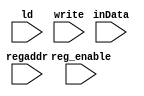
`timescale 1ns / 10ps
module registers (
        input ld,
        input reg_enable,
        input [2:0]regaddr,//3
        input write,
        input [7:0]inData);
reg [7:0] registers[0:7];
reg [7:0]valueBuffer;//buffer,
wire [7:0]DBus;
assign  DBus= (ld) ? inData : valueBuffer;
//ld = 1inDataDBus
//ld = 0,DBusvalueBuffer
initial begin
        registers[0]=8'd0;registers[1]=8'd0;registers[2]=8'd0;registers[3]=8'd0;
        registers[4]=8'd0;registers[5]=8'd0;registers[6]=8'd0;registers[7]=8'd0;
end
always @ ( * ) begin
        if(reg_enable)
                begin
                        if(write)
                        registers[regaddr]<=DBus;
                        else
                        valueBuffer<=registers[regaddr];
                end
end
endmodule //~

module registers_testbench ();
reg clock;
parameter reg_load = 1'b0,
          reg_towrite= 1'b1;
reg reg_state=reg_load;
reg ld,reg_enable,write;reg [2:0]regaddr;reg [7:0]inData;
registers Registers(ld,reg_enable,regaddr,write,inData);
task show_reg_info;begin
        $display($time," inData :%h  , valueBuffer:%h , Dbus:%h , registers[0]:%h ",
                Registers.inData,Registers.valueBuffer,Registers.DBus,Registers.registers[0]);
        end
endtask
task show_registers;begin
$display("                      R[0]:%h, R[1]:%h, R[2]:%h, R[3]:%h",
        Registers.registers[0],Registers.registers[1],Registers.registers[2],Registers.registers[3]);
        end
endtask
initial begin
        $dumpfile("registers_testbench.vcd");
        $dumpvars(0,registers_testbench);
        $display("\n-----test registers--------");
        #10000 //1000
        $finish;
        end
initial begin
#10
show_reg_info;show_registers;
if(reg_state==reg_load)begin
        regaddr<=0;
        inData<=8'b00110001;
        reg_enable<=1;
        reg_state<=reg_load;
        ld=1;/*ld=1DBusinData*/
        write=1;/*DBus*/
        reg_state<=reg_towrite;
        end
#10
show_reg_info;show_registers;
if(reg_state==reg_towrite)begin
        regaddr<=0;
        ld=0;/*ld=0DBusvalueBuffer*/
        reg_enable<=1;
        write=0;/*DBus*/
        end
#10
show_reg_info;show_registers;
end
initial begin
        clock=0;
        #100;
end
always
#100 begin clock = !clock;end
endmodule //
//
//
// //0001(4bits) DR(3bits) SR1(3bits) 000(3bits) SR2(3bits)
// //total :16bits ISA
module Ri_ALU(
        input wire [3:0]opcode,
	input wire[7:0]data1,
	input wire[7:0]data2,
	output reg[7:0]result);
        reg [8:0]tmp9bit;
        integer i;
        always @ ( * ) begin
        	case(opcode)
        	4'b0000 ://add
        		begin
        			tmp9bit<=data1+data2;
        			result<=tmp9bit[7:0];
        		end
        	4'b0001 ://sub
        		begin
        			tmp9bit<=data1-data2;
        			result<=tmp9bit[7:0];
        		end
        	4'b0010://and
        		begin
        			result<=data1&data2;
        		end
        	4'b0011://or
        		begin
        			result<=data1|data2;
        		end
        	4'b0100://xor
        		begin
        			result<=data1^data2;
        		end
        	4'b0101://not
        		begin
        			result<=!data1;
        		end
        	4'b0110://shift left
        		begin
        			result<=data1<<1;
        		end
        	4'b0111://shift right
        		begin
        			result<=data1>>1;
        		end
        	endcase
        end
endmodule //

//output input wire
module EU_Control ( );
// Ri_ALU(
//         input wire [3:0]opcode,
// 	input wire[7:0]data1,
// 	input wire[7:0]data2,
// 	output reg[7:0]result);
//         module registers (
//                 input ld,
//                 input reg_enable,
//                 input [2:0]regaddr,//3
//                 input write,
//                 input [7:0]inData);
endmodule //
//EU ALU
// 
//reset fetch decode excute
module Program_Mem (
        input [7:0]PC,
        output [31:0]instr);
reg  [31:0]program_RAM[0:255];
initial begin
  program_RAM[0]=32'b0000_0001_0010_00000000_00000000_0000;
  //program_RAM[0]=32'b00000001000000100000000000000;
end
endmodule //
module Instr_decoder (
input [31:0]instruction,
output [3:0]opcode,
output [2:0]op1,op2,op3);
endmodule //
module ControlUnit(
        input clock,
        output [7:0]DataOut);
reg [7:0]PC=0;
wire [7:0]pcwire;
//PC1 pcwire 
wire [31:0]instr;
//PmemInstr_decoderwire instr
wire [2:0]op1,op2,op3;
wire [3:0]opcode;
reg [4:0]state;//
//
Program_Mem PMemory(.PC(PC),
        .instr(instr));
Instr_decoder Instruction_Decoder(.instruction(instr),
        .opcode(opcode),
        .op1(op1),.op2(op2),.op3(op3));
// 
always @ ( posedge clock ) begin
PC<=pcwire;
end
endmodule //
//
//  decoder ,EU


module System_test ();
reg clock;
wire [7:0]DataOut;
ControlUnit CU(.clock(clock),
        .DataOut(DataOut));
//Program_Mem;
//instr_decoder;
//EU;
//mem;
reg ld,reg_enable,write;reg [2:0]regaddr;reg [7:0]inData;
registers Registers(ld,reg_enable,regaddr,write,inData);
initial begin
        $dumpfile("System_test.vcd");
        $dumpvars(0,System_test);
        $display("\n-----test Ri_CPU--------");
        #10000 //1000
        $finish;
        end
initial begin
        $display($time,"ok");
        #10
        $display($time,"%h",Registers.registers[0]);
        regaddr<=0;
        inData='b00100011;
        ld=1;
        #1
        $display($time," inData :%h ",Registers.inData);
        $display($time," valueBuffer :%h ",Registers.valueBuffer);
        $display($time," Dbus:%h ",Registers.DBus);
// $display($time,"%h ",Registers.valueBuffer);
         reg_enable<=1;
         write<=0;
         ld=1;
         $display($time,"%h ",Registers.DBus);
        // $display($time,"%h ",Registers.valueBuffer);
         regaddr<=0;
         inData='b00100011;
         reg_enable<=1;
         write<=1;
         ld=0;
         $display($time,"%h ",Registers.DBus);
        // regaddr=0;
        // inData='b0011;
        // write=1;
        // regaddr=0;
        // inData='b0011;
        #10
        $display($time,"%h",Registers.registers[0]);
        //$monitor("%h ",CU.PMemory.program_RAM[0]);
        end
initial begin
        clock=0;
        #100;
end
always
#100 begin clock = !clock;  /*$display($time,"%h",);*/end
endmodule //